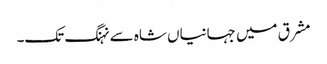
مشرق میں جہانیاں شاہ سے نہنگ تک۔